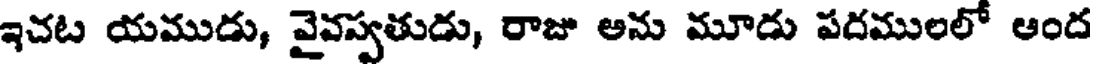
ఇచట యముడు, వైవస్వతుడు, రాజు అను మూడు పదములలో ఆంద